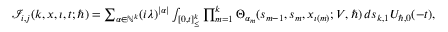
\begin{array} { r } { \mathcal { I } _ { i , j } ( k , \boldsymbol { x } , \iota , t ; \hbar ) = \sum _ { \alpha \in \mathbb { N } ^ { k } } ( i \lambda ) ^ { | \alpha | } \int _ { [ 0 , t ] _ { \leq } ^ { k } } \prod _ { m = 1 } ^ { k } \Theta _ { \alpha _ { m } } ( s _ { m - 1 } , { s } _ { m } , x _ { \iota ( m ) } ; V , \hbar ) \, d \boldsymbol { s } _ { k , 1 } U _ { \hbar , 0 } ( - t ) , } \end{array}